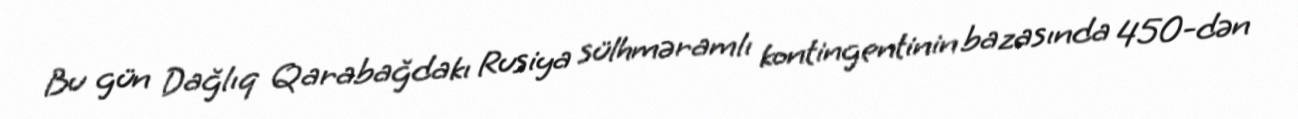
Bu gün Dağlıq Qarabağdakı Rusiya sülhməramlı kontingentinin bazasında 450-dən